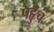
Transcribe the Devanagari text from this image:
पहुॅंच